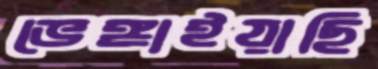
ভেঙ্গাইয়াছি